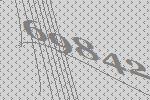
69842